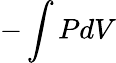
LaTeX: -\int PdV